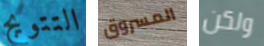
التتويج المسروق ولكن